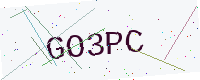
Text: GO3PC